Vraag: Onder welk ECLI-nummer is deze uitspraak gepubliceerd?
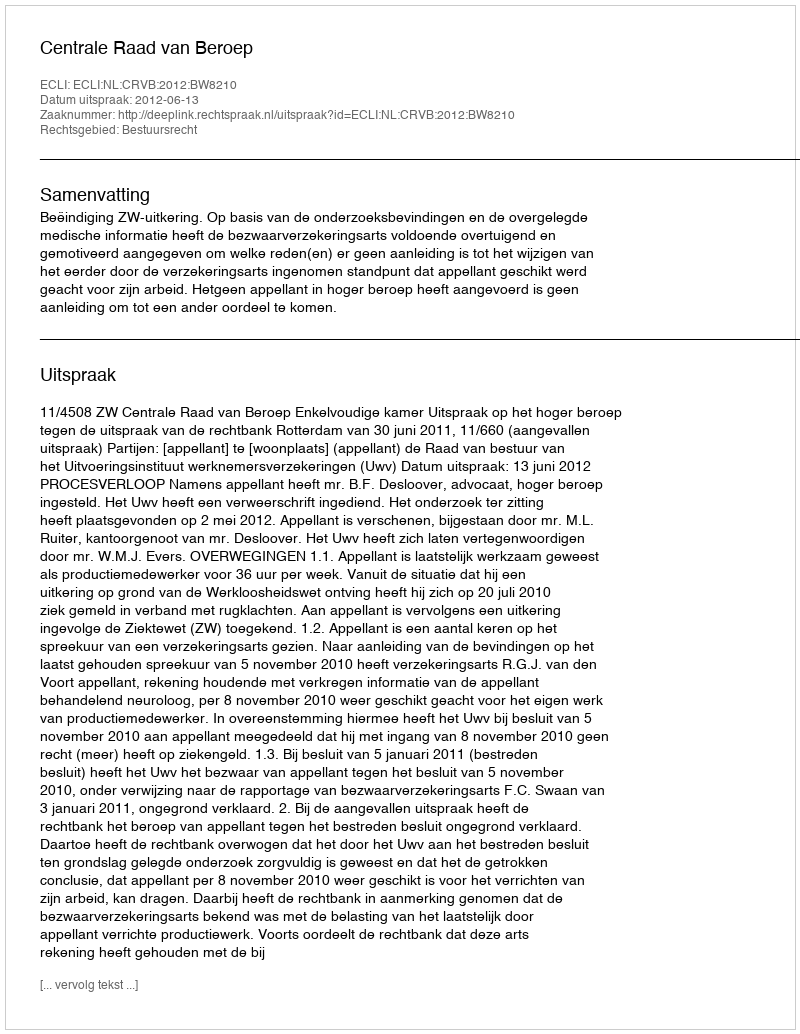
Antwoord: ECLI:NL:CRVB:2012:BW8210